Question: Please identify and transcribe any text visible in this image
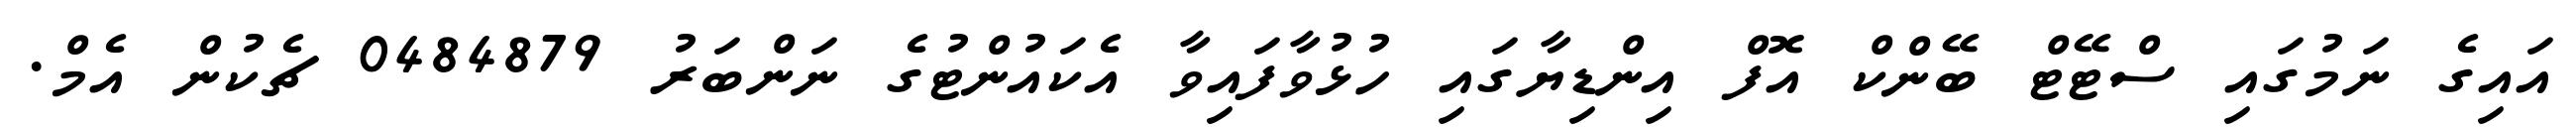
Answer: އައިގެ ނަމުގައި ސްޓޭޓް ބޭންކް އޮފް އިންޑިޔާގައި ހުޅުވާފައިވާ އެކައުންޓުގެ ނަންބަރު 0484879 ޗެކުން އެމް.